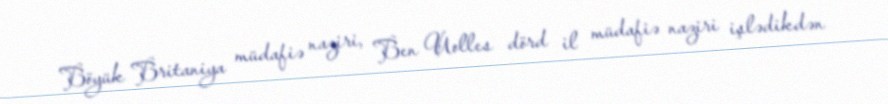
Böyük Britaniya müdafiə naziri, Ben Uolles dörd il müdafiə naziri işlədikdən